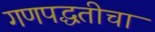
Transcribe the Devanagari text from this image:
गणपद्धतीचा